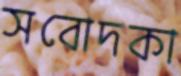
সবোদকা